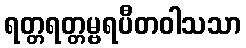
ရတ္တရတ္တမ္ဗရပီတဝါသသာ